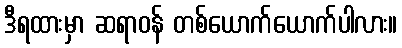
ဒီရထားမှာ ဆရာဝန် တစ်ယောက်ယောက်ပါလား။